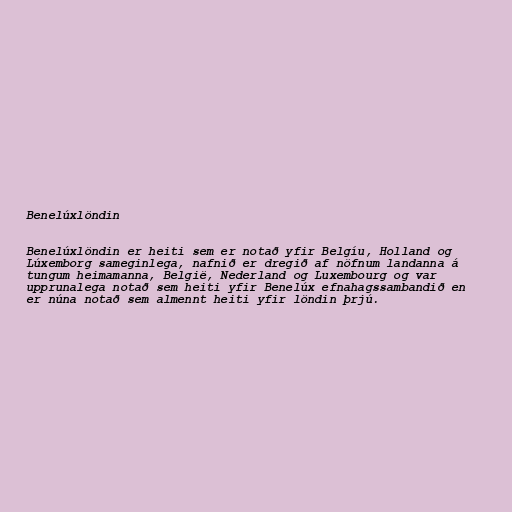
Benelúxlöndin

Benelúxlöndin er heiti sem er notað yfir Belgíu, Holland og
Lúxemborg sameginlega, nafnið er dregið af nöfnum landanna á
tungum heimamanna, België, Nederland og Luxembourg og var
upprunalega notað sem heiti yfir Benelúx efnahagssambandið en
er núna notað sem almennt heiti yfir löndin þrjú.